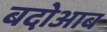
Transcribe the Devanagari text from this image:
बदोआब